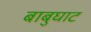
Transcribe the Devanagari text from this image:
बाबुघाट